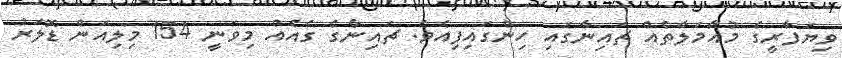
ވިޔަފާރީގެ މުއާމަލާތެއް ޗައިނާގައި ހިންގައިފިއެވެ. ޗައިނާގެ ގެއެއް މިވަނީ 154 މިލިއަން ޑޮލަރު